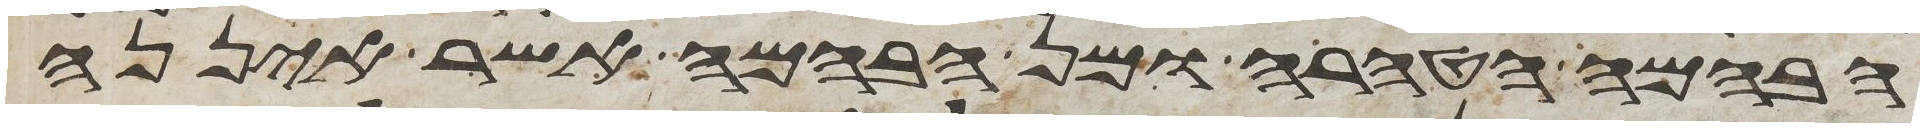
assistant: הבהמה הטהרה ומן הבהמה אשר איננה